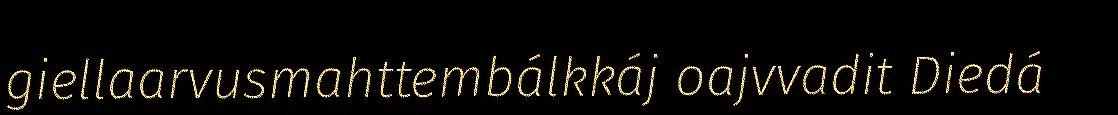
giellaarvusmahttembálkkáj oajvvadit Diedá